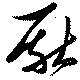
厭